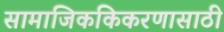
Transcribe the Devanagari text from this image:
सामाजिककिकरणासाठी